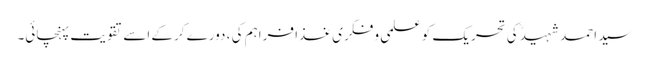
سید احمد شہیدؒ کی تحریک کو علمی و فکری غذا فراہم کی ، دورے کرکے اسے تقویت پہنچائی۔